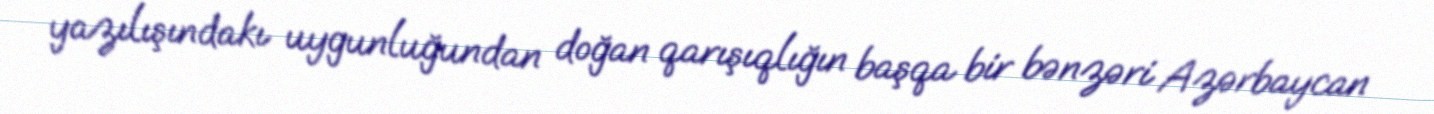
yazılışındakı uygunluğundan doğan qarışıqlığın başqa bir bənzəri Azərbaycan